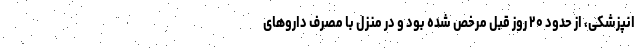
انپزشکی، از حدود ۲۰ روز قبل مرخص شده بود و در منزل با مصرف داروهای